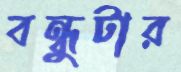
বন্ধুটার